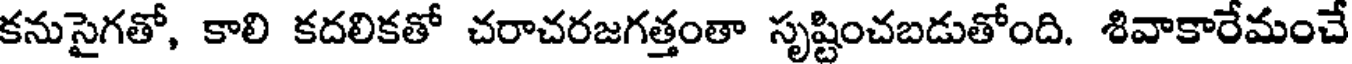
కనుసైగతో, కాలి కదలికతో చరాచరజగత్తంతా సృష్టించబడుతోంది. శివాకారేమంచే